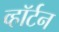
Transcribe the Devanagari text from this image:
व्हॉर्टन